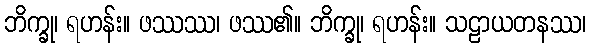
ဘိက္ခု၊ ရဟန်း။ ဖဿဿ၊ ဖဿ၏။ ဘိက္ခု၊ ရဟန်း။ သဠာယတနဿ၊